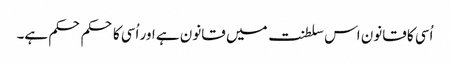
اُسی کا قانون اس سلطنت میں قانون ہے اور اُسی کا حکم حکم ہے۔